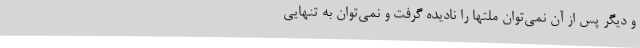
و دیگر پس از آن نمی‌توان ملتها را نادیده گرفت و نمی‌توان به تنهایی